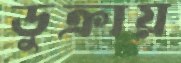
ডুক্‌রায়